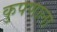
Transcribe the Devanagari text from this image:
कुपणाला